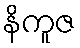
နိကူဇ